Leaving Certificate Examination (including Day School Certificate (Higher) General paper), 1934
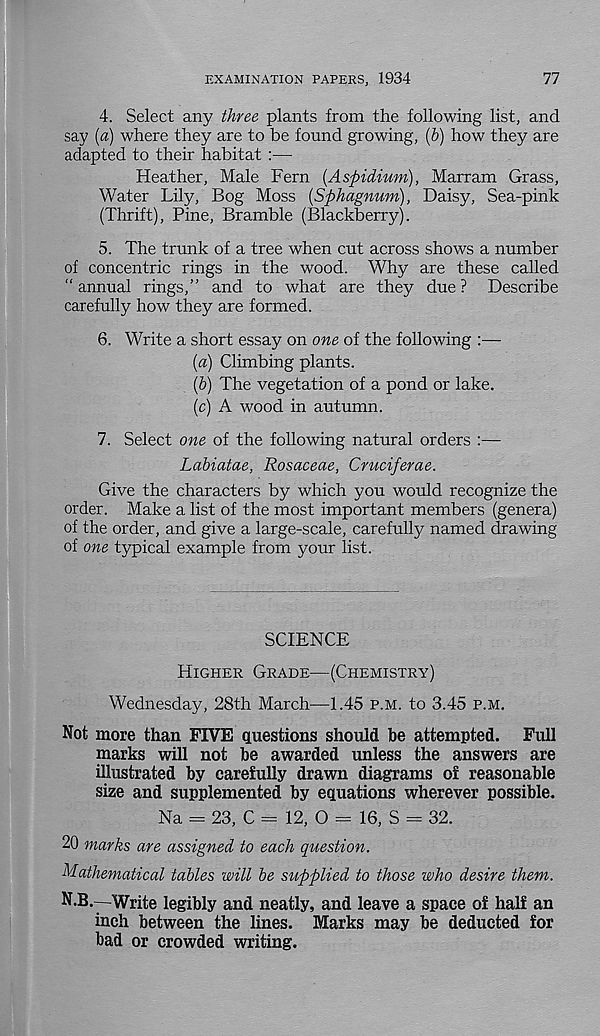
EXAMINATION PAPERS, 1934
77
4. Select any three plants from the following list, and
say (a) where they are to be found growing, (6) how they are
adapted to their habitat :—
Heather, Male Fern (Aspidium), Marram Grass,
Water Lily, Bog Moss (Sphagnum), Daisy, Sea-pink
(Thrift), Pine, Bramble (Blackberry).
5. The trunk of a tree when cut across shows a number
of concentric rings in the wood. Why are these called
“ annual rings,” and to what are they due ? Describe
carefully how they are formed.
6. Write a short essay on one of the following :—
(a) Climbing plants.
(h) The vegetation of a pond or lake.
(c) A wood in autumn.
7. Select one of the following natural orders :—
Labiatae, Rosaceae, Cruciferae.
Give the characters by which you would recognize the
order. Make a list of the most important members (genera)
of the order, and give a large-scale, carefully named drawing
of one typical example from your list.
SCIENCE
Higher Grade—(Chemistry)
Wednesday, 28th March—1.45 p.m. to 3.45 p.m.
Not more than FIVE questions should be attempted. Full
marks will not be awarded unless the answers are
illustrated by carefully drawn diagrams of reasonable
size and supplemented by equations wherever possible.
Na = 23, C = 12, O = 16, S = 32.
20 marks are assigned to each question.
Mathematical tables will be supplied to those who desire them.
N.B.—Write legibly and neatly, and leave a space of half an
inch between the lines. Marks may be deducted for
bad or crowded writing.